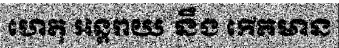
ហេតុ អន្តរាយ នឹង កើតមាន